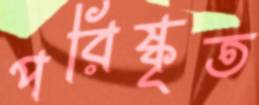
পরিষ্কৃত